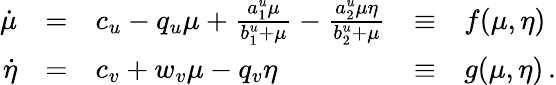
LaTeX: \begin{array}{rclcl}{\dot{\mu}}&{=}&{c_{u}-q_{u}\mu+\frac{a_{1}^{u}\mu}{b_{1}^{u}+\mu}-\frac{a_{2}^{u}\mu\eta}{b_{2}^{u}+\mu}}&{\equiv}&{f(\mu,\eta)}\\ {\dot{\eta}}&{=}&{c_{v}+w_{v}\mu-q_{v}\eta}&{\equiv}&{g(\mu,\eta)\, .}\end{array}